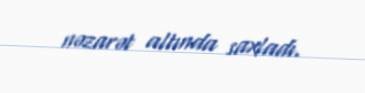
nəzarət altında saxladı.